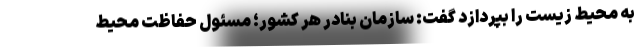
به محیط زیست را بپردازد گفت: سازمان بنادر هر کشور؛ مسئول حفاظت محیط